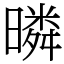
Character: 暽